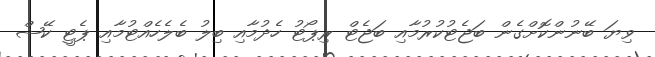
ވިޔަ ބޭނުންކޮށްގެން ބަޖެޓުކުރުމާއި ބަޖެޓް ރިޕޯޓު ހެދުމާއި ބިލު ބެލެހެއްޓުމާއި ޕެޓީ ކޭޝް